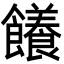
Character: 䭥